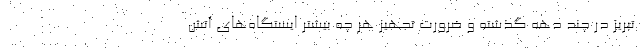
تبریز در چند دهه گذشته و ضرورت تجهیز هر چه بیشتر ایستگاه‌های آتش